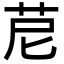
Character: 苨